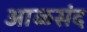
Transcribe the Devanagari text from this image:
आळसंद